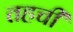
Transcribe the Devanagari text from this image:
तहची